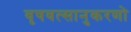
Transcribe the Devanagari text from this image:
वृषवत्सानुकरणो